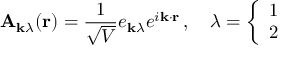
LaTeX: \mathbf { A } _ { \mathbf { k } \lambda } ( \mathbf { r } ) = { \frac { 1 } { \sqrt { V } } } e _ { \mathbf { k } \lambda } e ^ { i \mathbf { k } \cdot \mathbf { r } } \, , \quad \lambda = { \left\{ \begin{array} { l l } { 1 } \\ { 2 } \end{array} \right. }